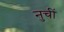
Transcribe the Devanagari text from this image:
नुचीं